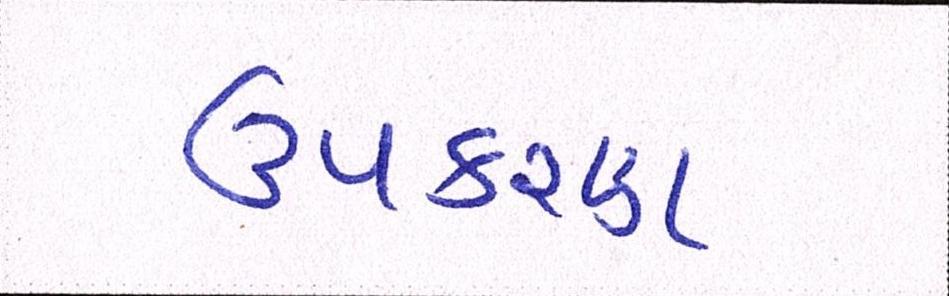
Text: ઉપકરણ